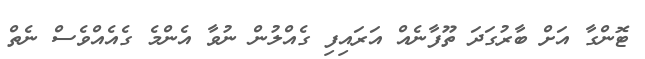
ޓޮންގާ އަަށް ބާރުގަދަ ތޫފާނެއް އަރައިފި ގެއްލުން ނުވާ އެންމެ ގެއެއްވެސް ނެތް